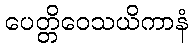
ပေတ္တိဝေသယိကာနံ